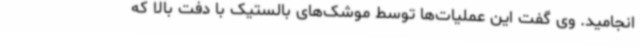
انجامید. وی گفت این عملیات‌ها توسط موشک‌های بالستیک با دفت بالا که